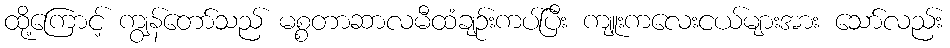
ထို့ကြောင့် ကျွန်တော်သည် မစ္စတာဆာလမီထံချဉ်းကပ်ပြီး ကျူးကလေးငယ်များအား သော်လည်း